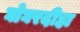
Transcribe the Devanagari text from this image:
घोघरदीहा